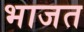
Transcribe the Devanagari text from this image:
भाजत